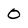
Character: 0